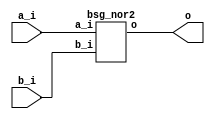


module top
(
  a_i,
  b_i,
  o
);

  input [15:0] a_i;
  input [15:0] b_i;
  output [15:0] o;

  bsg_nor2
  wrapper
  (
    .a_i(a_i),
    .b_i(b_i),
    .o(o)
  );


endmodule



module bsg_nor2
(
  a_i,
  b_i,
  o
);

  input [15:0] a_i;
  input [15:0] b_i;
  output [15:0] o;
  wire [15:0] o;
  wire N0,N1,N2,N3,N4,N5,N6,N7,N8,N9,N10,N11,N12,N13,N14,N15;
  assign o[15] = ~N0;
  assign N0 = a_i[15] | b_i[15];
  assign o[14] = ~N1;
  assign N1 = a_i[14] | b_i[14];
  assign o[13] = ~N2;
  assign N2 = a_i[13] | b_i[13];
  assign o[12] = ~N3;
  assign N3 = a_i[12] | b_i[12];
  assign o[11] = ~N4;
  assign N4 = a_i[11] | b_i[11];
  assign o[10] = ~N5;
  assign N5 = a_i[10] | b_i[10];
  assign o[9] = ~N6;
  assign N6 = a_i[9] | b_i[9];
  assign o[8] = ~N7;
  assign N7 = a_i[8] | b_i[8];
  assign o[7] = ~N8;
  assign N8 = a_i[7] | b_i[7];
  assign o[6] = ~N9;
  assign N9 = a_i[6] | b_i[6];
  assign o[5] = ~N10;
  assign N10 = a_i[5] | b_i[5];
  assign o[4] = ~N11;
  assign N11 = a_i[4] | b_i[4];
  assign o[3] = ~N12;
  assign N12 = a_i[3] | b_i[3];
  assign o[2] = ~N13;
  assign N13 = a_i[2] | b_i[2];
  assign o[1] = ~N14;
  assign N14 = a_i[1] | b_i[1];
  assign o[0] = ~N15;
  assign N15 = a_i[0] | b_i[0];

endmodule